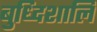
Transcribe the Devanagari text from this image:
बुध्दिशालि